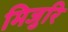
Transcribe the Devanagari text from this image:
मिजुरि